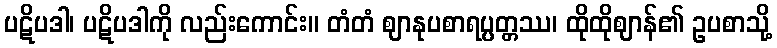
ပဋိပဒါ၊ ပဋိပဒါကို လည်းကောင်း။ တံတံ ဈာနုပစာရပ္ပတ္တဿ၊ ထိုထိုဈာန်၏ ဥပစာသို့